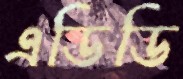
এডিডি